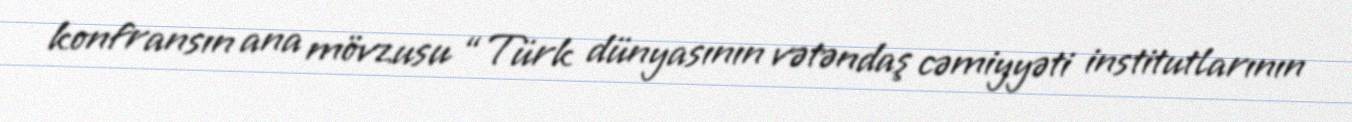
konfransın ana mövzusu “Türk dünyasının vətəndaş cəmiyyəti institutlarının